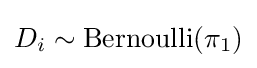
D_{i}\sim \operatorname {Bernoulli} (\pi _{1})